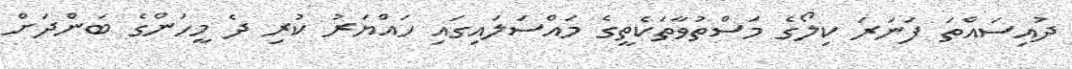
ދުއިސައްތަ ފަނަރަ ކިލޯގެ މަސްތުވާތަކެތީގެ މައްސަލައިގައި ހައްޔަރު ކުރި ދެ މީހުންގެ ބަންދަށް